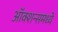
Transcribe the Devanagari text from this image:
ऑक्शन्समध्ये